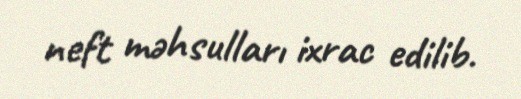
neft məhsulları ixrac edilib.